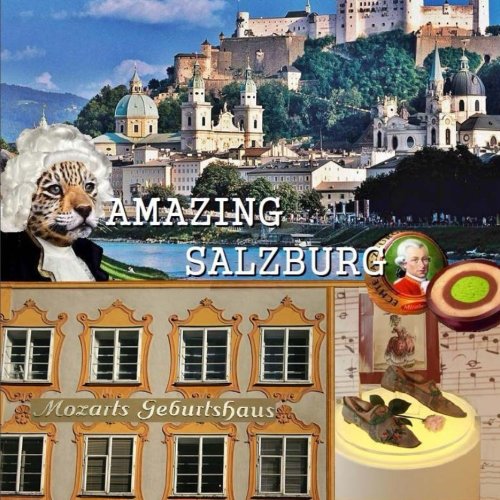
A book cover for Amazing Salzburg; Naira Roland Matevosyan; Travel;